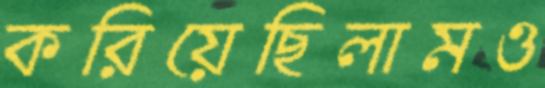
করিয়েছিলামও